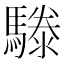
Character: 𩥱